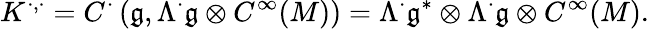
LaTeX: K^{\cdot,\cdot}=C^{\cdot}\left({\mathfrak{g}},\Lambda^{\cdot}{\mathfrak{g}}\otimes C^{\infty}(M)\right)=\Lambda^{\cdot}{\mathfrak{g}}^{*}\otimes\Lambda^{\cdot}{\mathfrak{g}}\otimes C^{\infty}(M).